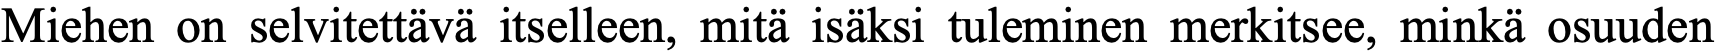
Miehen on selvitettävä itselleen, mitä isäksi tuleminen merkitsee, minkä osuuden